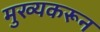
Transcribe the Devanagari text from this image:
मुख्यकरून